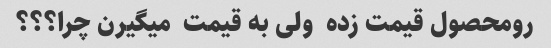
رو‌محصول قیمت زده  ولی به قیمت  میگیرن چرا؟؟؟